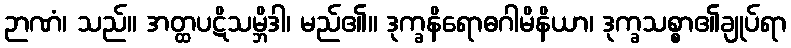
ဉာဏံ၊ သည်။ အတ္ထပဋိသမ္ဘိဒါ၊ မည်၏။ ဒုက္ခနိရောဓဂါမိနိယာ၊ ဒုက္ခသစ္စာ၏ချုပ်ရာ